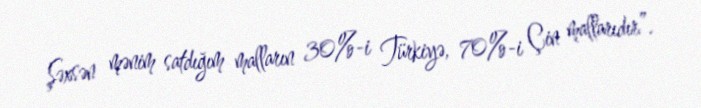
Şəxsən mənim satdığım malların 30%-i Türkiyə, 70%-i Çin mallarıdır”.